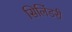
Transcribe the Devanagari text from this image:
सिलिंडरी